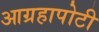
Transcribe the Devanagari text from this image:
आग्रहापोटी